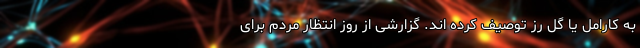
به کارامل یا گل رز توصیف کرده اند. گزارشی از روز انتظار مردم برای